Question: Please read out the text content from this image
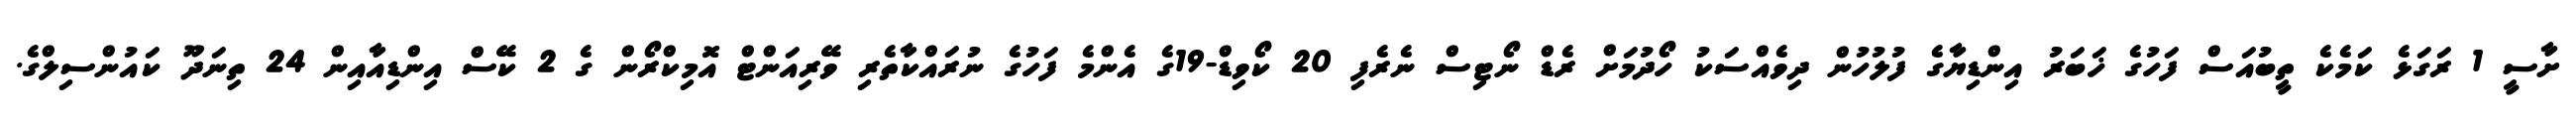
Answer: ށާސީ 1 ރަގަޅެ ކަމެކެ ތީބުއަސް ފަހުގެ ޚަބަރު އިންޑިޔާގެ ފުލުހުން ދިވެއްސަކު ހޯދުމަށް ރެޑް ނޯޓިސް ނެރެފި 20 ކޯވިޑް-19ގެ އެންމެ ފަހުގެ ނުރައްކާތެރި ވޭރިއަންޓް އޮމިކްރޯން ގެ 2 ކޭސް އިންޑިއާއިން 24 ތިނަދޫ ކައުންސިލްގެ.